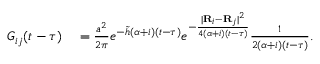
\begin{array} { r l } { G _ { i j } ( t - \tau ) } & { { } = \frac { a ^ { 2 } } { 2 \pi } e ^ { - \tilde { h } ( \alpha + i ) ( t - \tau ) } e ^ { - \frac { \lvert { \bf R } _ { i } - { \bf R } _ { j } \rvert ^ { 2 } } { 4 ( \alpha + i ) ( t - \tau ) } } \frac { 1 } { 2 ( \alpha + i ) ( t - \tau ) } . } \end{array}